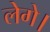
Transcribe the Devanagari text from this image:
लेगे।